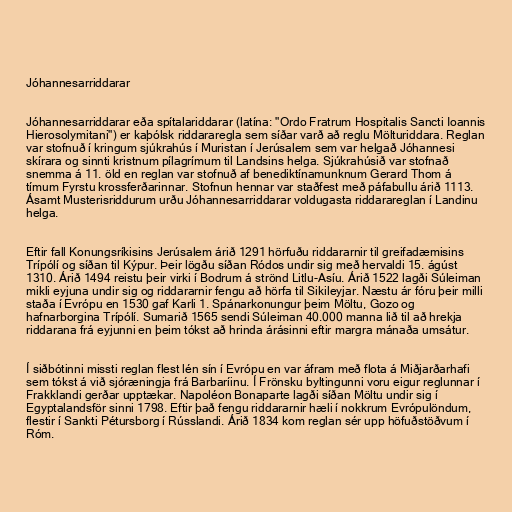
Jóhannesarriddarar

Jóhannesarriddarar eða spítalariddarar (latína: "Ordo Fratrum Hospitalis Sancti Ioannis
Hierosolymitani") er kaþólsk riddararegla sem síðar varð að reglu Mölturiddara. Reglan
var stofnuð í kringum sjúkrahús í Muristan í Jerúsalem sem var helgað Jóhannesi
skírara og sinnti kristnum pílagrímum til Landsins helga. Sjúkrahúsið var stofnað
snemma á 11. öld en reglan var stofnuð af benediktínamunknum Gerard Thom á
tímum Fyrstu krossferðarinnar. Stofnun hennar var staðfest með páfabullu árið 1113.
Ásamt Musterisriddurum urðu Jóhannesarriddarar voldugasta riddarareglan í Landinu
helga.

Eftir fall Konungsríkisins Jerúsalem árið 1291 hörfuðu riddararnir til greifadæmisins
Trípólí og síðan til Kýpur. Þeir lögðu síðan Ródos undir sig með hervaldi 15. ágúst
1310. Árið 1494 reistu þeir virki í Bodrum á strönd Litlu-Asíu. Árið 1522 lagði Súleiman
mikli eyjuna undir sig og riddararnir fengu að hörfa til Sikileyjar. Næstu ár fóru þeir milli
staða í Evrópu en 1530 gaf Karli 1. Spánarkonungur þeim Möltu, Gozo og
hafnarborgina Trípólí. Sumarið 1565 sendi Súleiman 40.000 manna lið til að hrekja
riddarana frá eyjunni en þeim tókst að hrinda árásinni eftir margra mánaða umsátur.

Í siðbótinni missti reglan flest lén sín í Evrópu en var áfram með flota á Miðjarðarhafi
sem tókst á við sjóræningja frá Barbaríinu. Í Frönsku byltingunni voru eigur reglunnar í
Frakklandi gerðar upptækar. Napoléon Bonaparte lagði síðan Möltu undir sig í
Egyptalandsför sinni 1798. Eftir það fengu riddararnir hæli í nokkrum Evrópulöndum,
flestir í Sankti Pétursborg í Rússlandi. Árið 1834 kom reglan sér upp höfuðstöðvum í
Róm.